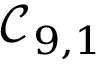
\mathcal { C } _ { 9 , 1 }